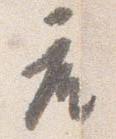
座